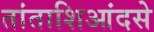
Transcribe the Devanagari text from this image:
तांताशिआंदसे